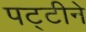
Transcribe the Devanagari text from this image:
पट्टीने